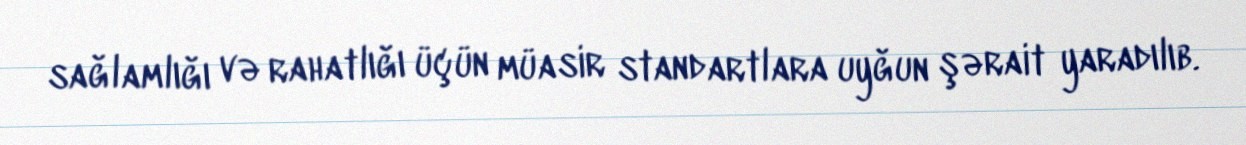
sağlamlığı və rahatlığı üçün müasir standartlara uyğun şərait yaradılıb.